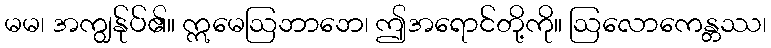
မမ၊ အကျွန်ုပ်၏။ ဣမေဩဘာဘေ၊ ဤအရောင်တို့ကို။ ဩလောကေန္တဿ၊